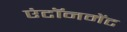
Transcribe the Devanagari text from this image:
एंटॉनमेंट